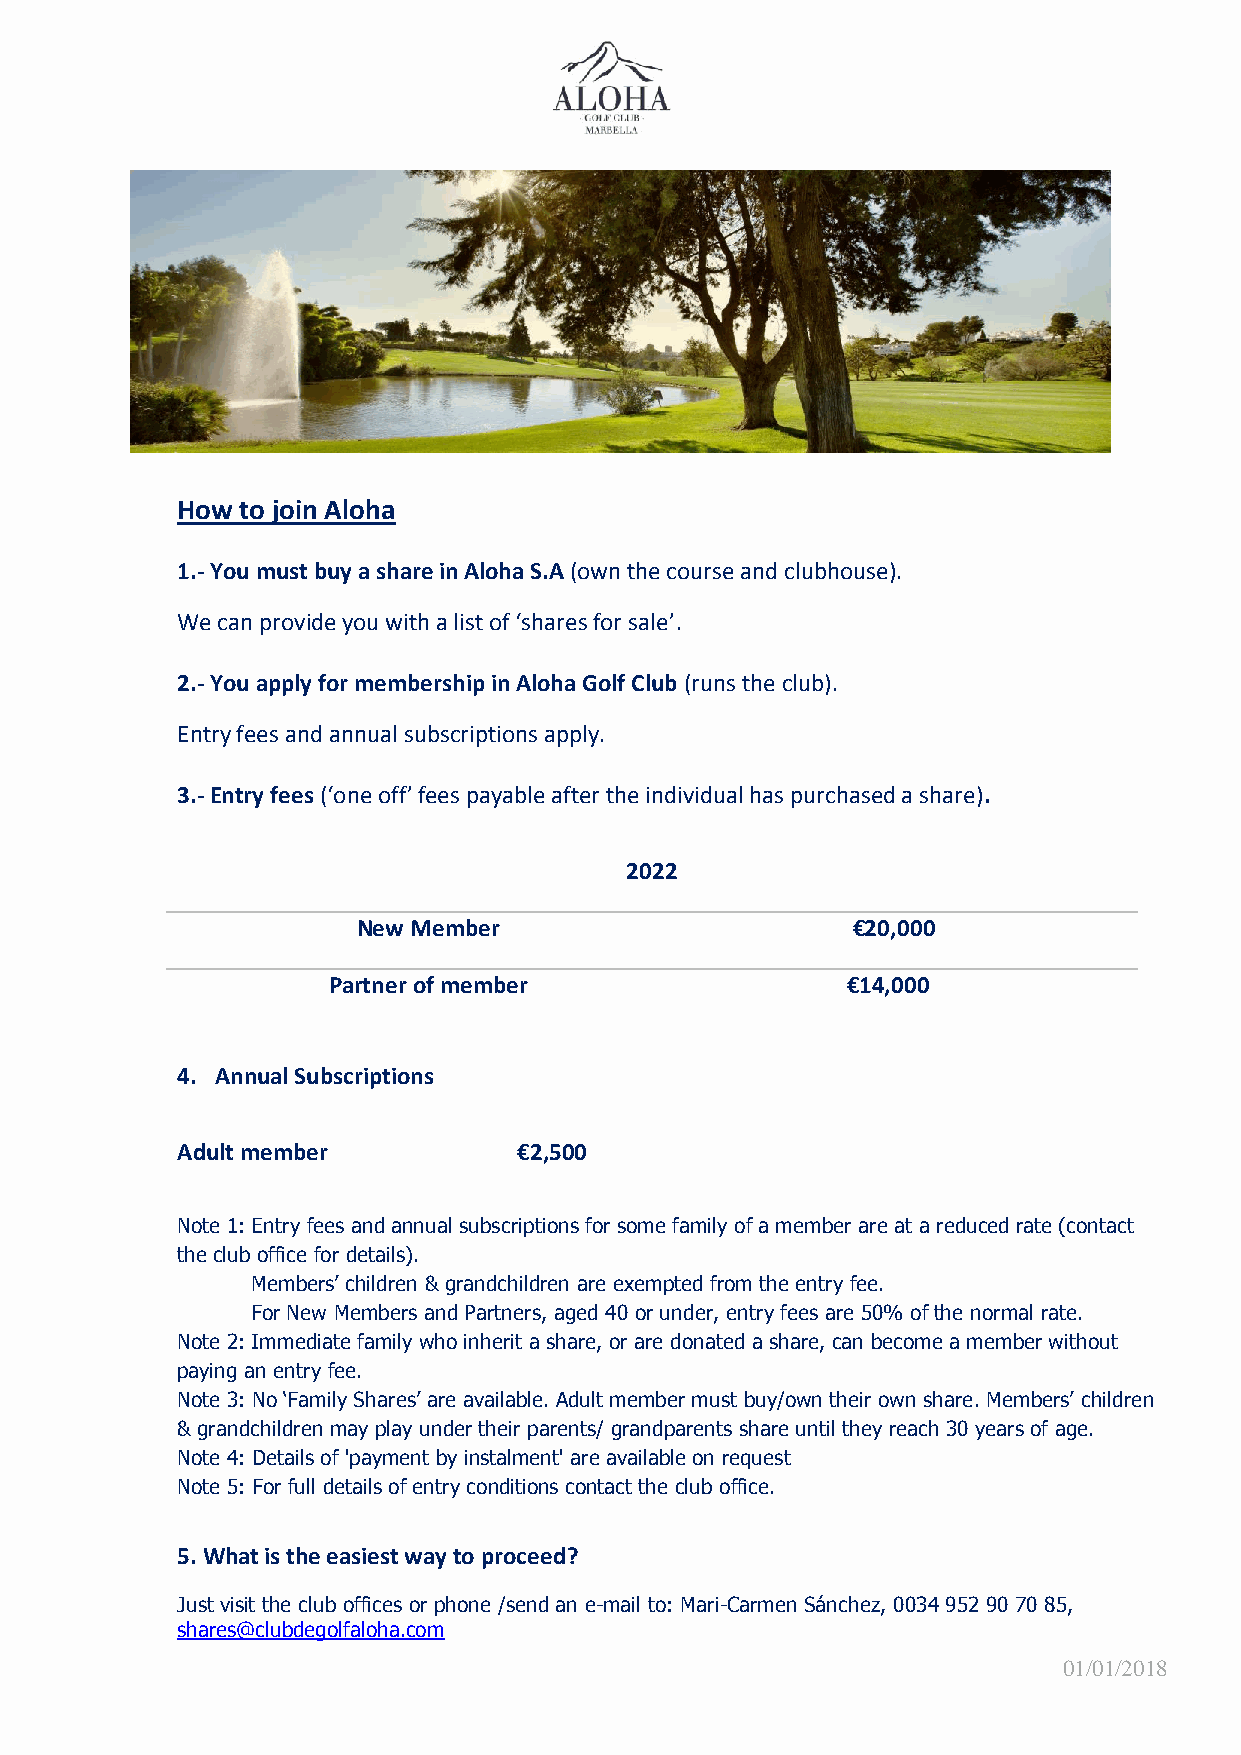
How to join Aloha
 1.- You must buy a share in Aloha S.A (own the course and clubhouse).
 We can provide you with a list of ‘shares for sale’.
 2.- You apply for membership in Aloha Golf Club (runs the club).
 Entry fees and annual subscriptions apply.
 3.- Entry fees (‘one off’ fees payable after the individual has purchased a share).
 2022
 New Member                      €20,000
 Partner of member                 €14,000
 4. Annual Subscriptions
 Adult member          €2,500
 Note 1: Entry fees and annual subscriptions for some family of a member are at a reduced rate (contact
 the club office for details).
 Members’ children & grandchildren are exempted from the entry fee.
 For New Members and Partners, aged 40 or under, entry fees are 50% of the normal rate.
 Note 2: Immediate family who inherit a share, or are donated a share, can become a member without
 paying an entry fee.
 Note 3: No ‘Family Shares’ are available. Adult member must buy/own their own share. Members’ children
 & grandchildren may play under their parents/ grandparents share until they reach 30 years of age.
 Note 4: Details of 'payment by instalment' are available on request
 Note 5: For full details of entry conditions contact the club office.
 5. What is the easiest way to proceed?
 Just visit the club offices or phone /send an e-mail to: Mari-Carmen Sánchez, 0034 952 90 70 85,
 shares@clubdegolfaloha.com
 01/01/2018